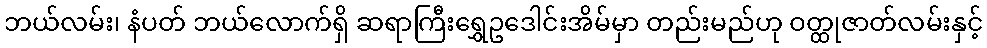
ဘယ်လမ်း၊ နံပတ် ဘယ်လောက်ရှိ ဆရာကြီးရွှေဥဒေါင်းအိမ်မှာ တည်းမည်ဟု ဝတ္ထုဇာတ်လမ်းနှင့်